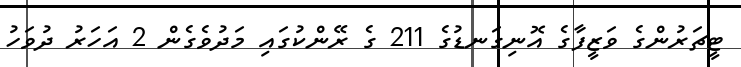
ޓީޗަރުންގެ ވަޒީފާގެ އޮނިގަނޑުގެ 211 ގެ ރޭންކުގައި މަދުވެގެން 2 އަހަރު ދުވަހު